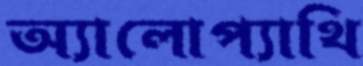
অ্যালোপ্যাথি